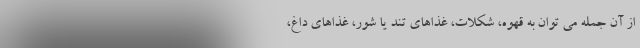
از آن جمله می توان به قهوه، شکلات، غذاهای تند یا شور، غذاهای داغ،